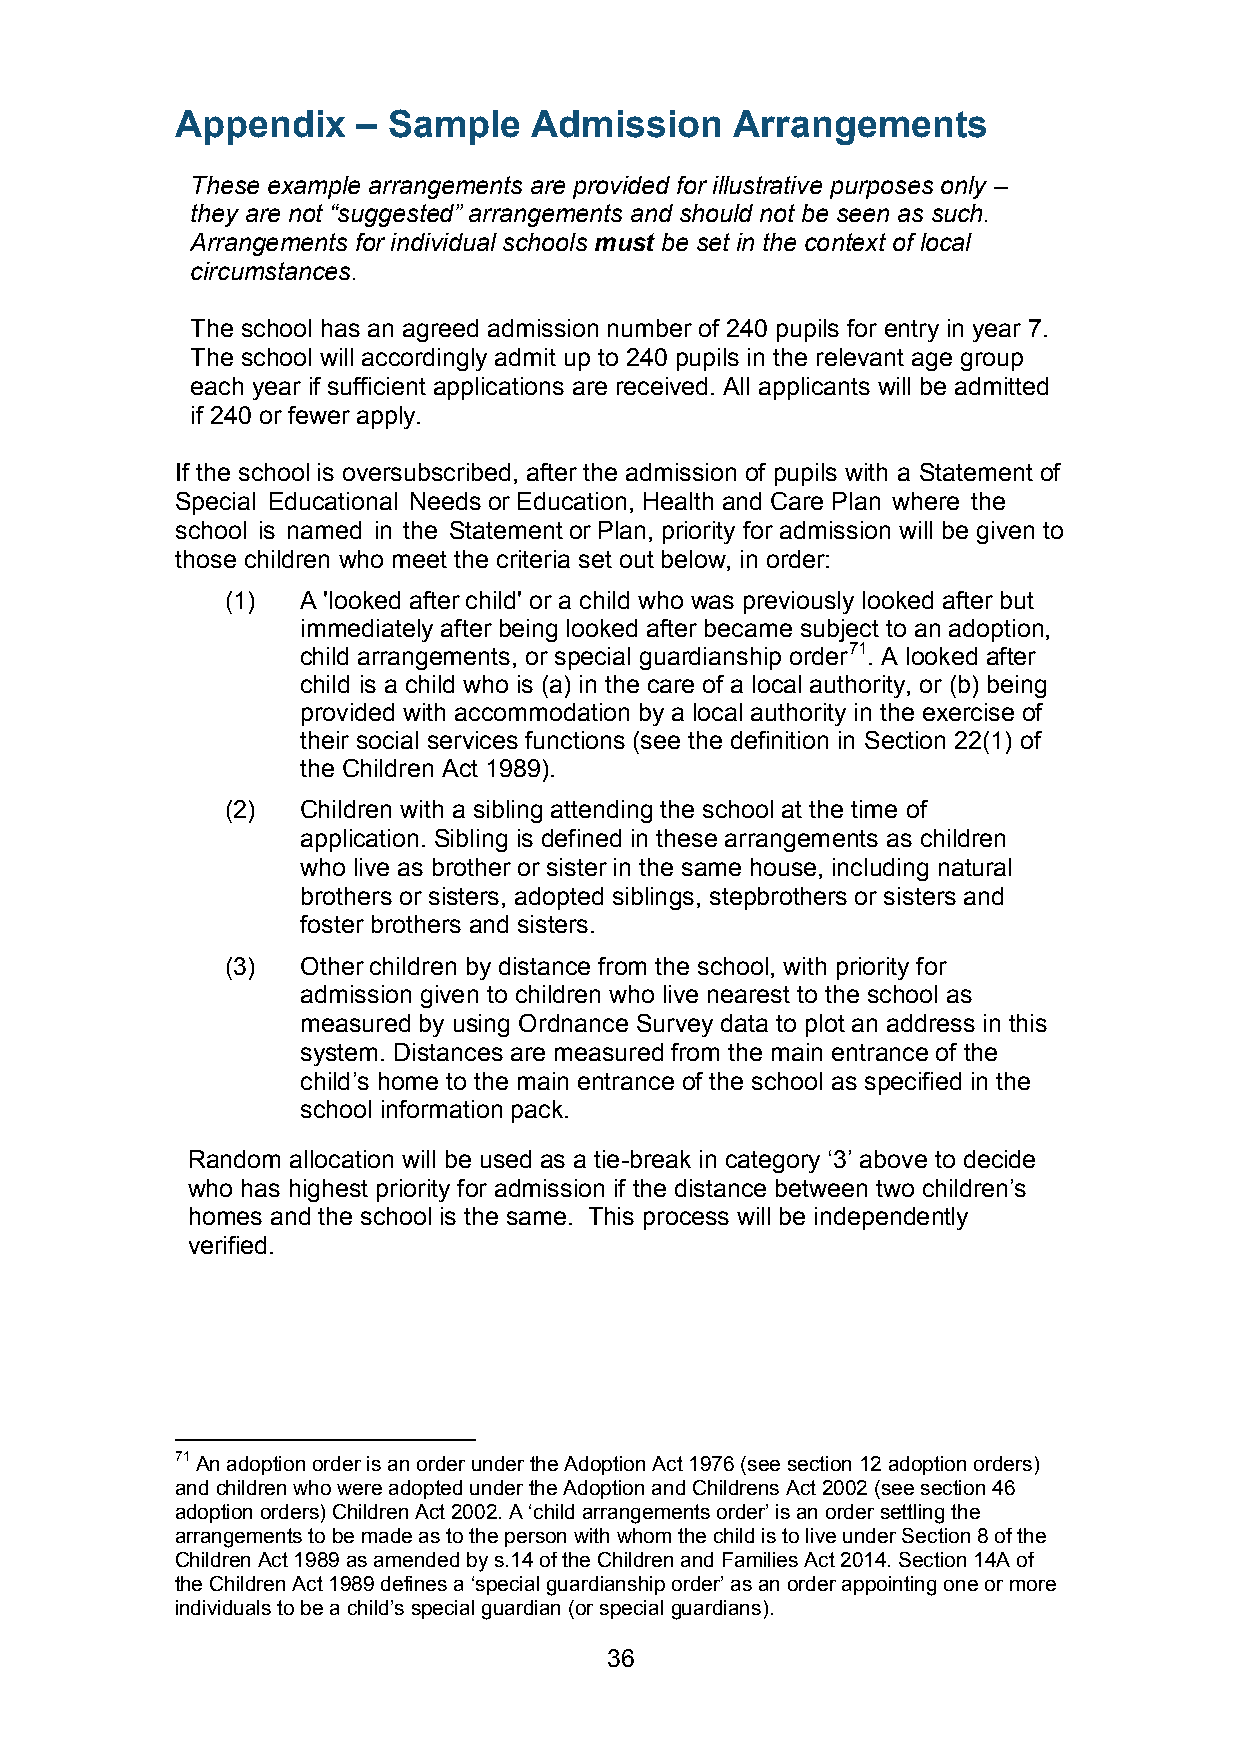
Appendix    – Sample   Admission     Arrangements
 These example arrangements are provided for illustrative purposes only –
 they are not “suggested” arrangements and should not be seen as such.
 Arrangements for individual schools must be set in the context of local
 circumstances.
 The school has an agreed admission number of 240 pupils for entry in year 7.
 The school will accordingly admit up to 240 pupils in the relevant age group
 each year if sufficient applications are received. All applicants will be admitted
 if 240 or fewer apply.
 If the school is oversubscribed, after the admission of pupils with a Statement of
 Special Educational Needs or Education, Health and Care Plan where the
 school is named in the Statement or Plan, priority for admission will be given to
 those children who meet the criteria set out below, in order:
 (1)  A 'looked after child' or a child who was previously looked after but
 immediately after being looked after became subject to an adoption,
 child arrangements, or special guardianship order71. A looked after
 child is a child who is (a) in the care of a local authority, or (b) being
 provided with accommodation by a local authority in the exercise of
 their social services functions (see the definition in Section 22(1) of
 the Children Act 1989).
 (2)  Children with a sibling attending the school at the time of
 application. Sibling is defined in these arrangements as children
 who live as brother or sister in the same house, including natural
 brothers or sisters, adopted siblings, stepbrothers or sisters and
 foster brothers and sisters.
 (3)  Other children by distance from the school, with priority for
 admission given to children who live nearest to the school as
 measured by using Ordnance Survey data to plot an address in this
 system. Distances are measured from the main entrance of the
 child’s home to the main entrance of the school as specified in the
 school information pack.
 Random allocation will be used as a tie-break in category ‘3’ above to decide
 who has highest priority for admission if the distance between two children’s
 homes and the school is the same. This process will be independently
 verified.
 71 An adoption order is an order under the Adoption Act 1976 (see section 12 adoption orders)
 and children who were adopted under the Adoption and Childrens Act 2002 (see section 46
 adoption orders) Children Act 2002. A ‘child arrangements order’ is an order settling the
 arrangements to be made as to the person with whom the child is to live under Section 8 of the
 Children Act 1989 as amended by s.14 of the Children and Families Act 2014. Section 14A of
 the Children Act 1989 defines a ‘special guardianship order’ as an order appointing one or more
 individuals to be a child’s special guardian (or special guardians).
 36